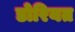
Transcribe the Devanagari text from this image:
डोरियत